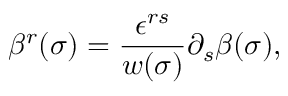
\beta ^ { r } ( \sigma ) = \frac { \epsilon ^ { r s } } { w ( \sigma ) } \partial _ { s } \beta ( \sigma ) ,